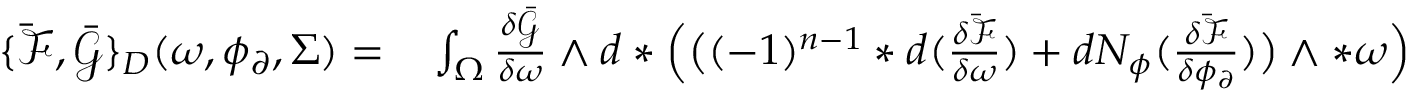
\begin{array} { r l } { \{ \bar { \mathcal { F } } , \bar { \mathcal { G } } \} _ { D } ( \omega , \phi _ { \partial } , \Sigma ) = } & { { } \int _ { \Omega } \frac { \delta \bar { \mathcal { G } } } { \delta \omega } \wedge d \ast \Big ( \big ( ( - 1 ) ^ { n - 1 } \ast d ( \frac { \delta \bar { \mathcal { F } } } { \delta \omega } ) + d N _ { \phi } ( \frac { \delta \bar { \mathcal { F } } } { \delta \phi _ { \partial } } ) \big ) \wedge \ast \omega \Big ) } \end{array}